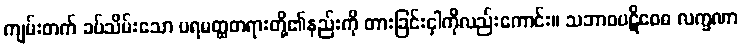
ကျမ်းတက် ခပ်သိမ်းသော ပရမတ္ထတရားတို့၏နည်းကို တားခြင်းငှါကိုလည်းကောင်း။ သဘာဝပဋိဝေဓ လက္ခဏာ